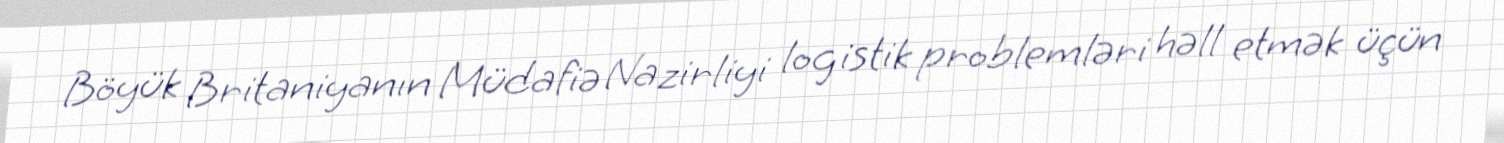
Böyük Britaniyanın Müdafiə Nazirliyi logistik problemləri həll etmək üçün